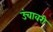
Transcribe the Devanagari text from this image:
उंचावरी